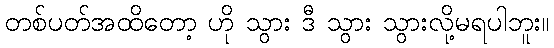
တစ်ပတ်အထိတော့ ဟို သွား ဒီ သွား သွားလို့မရပါဘူး။